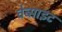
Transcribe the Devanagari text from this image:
वेब्साइट